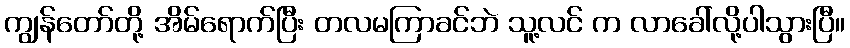
ကျွန်တော်တို့ အိမ်ရောက်ပြီး တလမကြာခင်ဘဲ သူ့လင် က လာခေါ်လို့ပါသွားပြီ။